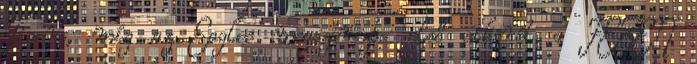
Tigers, míg az Eagles megszerezte első sikerét a FEZEN